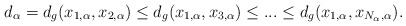
\begin{align*}d_\alpha=d_g(x_{1,\alpha},x_{2,\alpha})\leq d_g(x_{1,\alpha},x_{3,\alpha}) \leq ... \leq d_g(x_{1,\alpha},x_{N_\alpha,\alpha}).\end{align*}